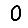
Digit: 0